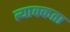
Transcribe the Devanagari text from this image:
त्यावकता